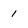
Character: 1